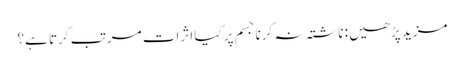
مزید پڑھیں : ناشتہ نہ کرنا جسم پر کیا اثرات مرتب کرتا ہے؟